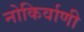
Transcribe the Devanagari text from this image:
नोकिर्वाणी